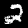
Digit: 2